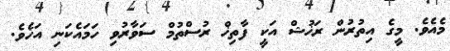
މެއެވެ. މީގެ އިތުރުން ރަޚުޝް އަކީ ފާތިޚް ރުސްތުމް ސަވާރުވި ހަމައެކަނި އަހެވެ.